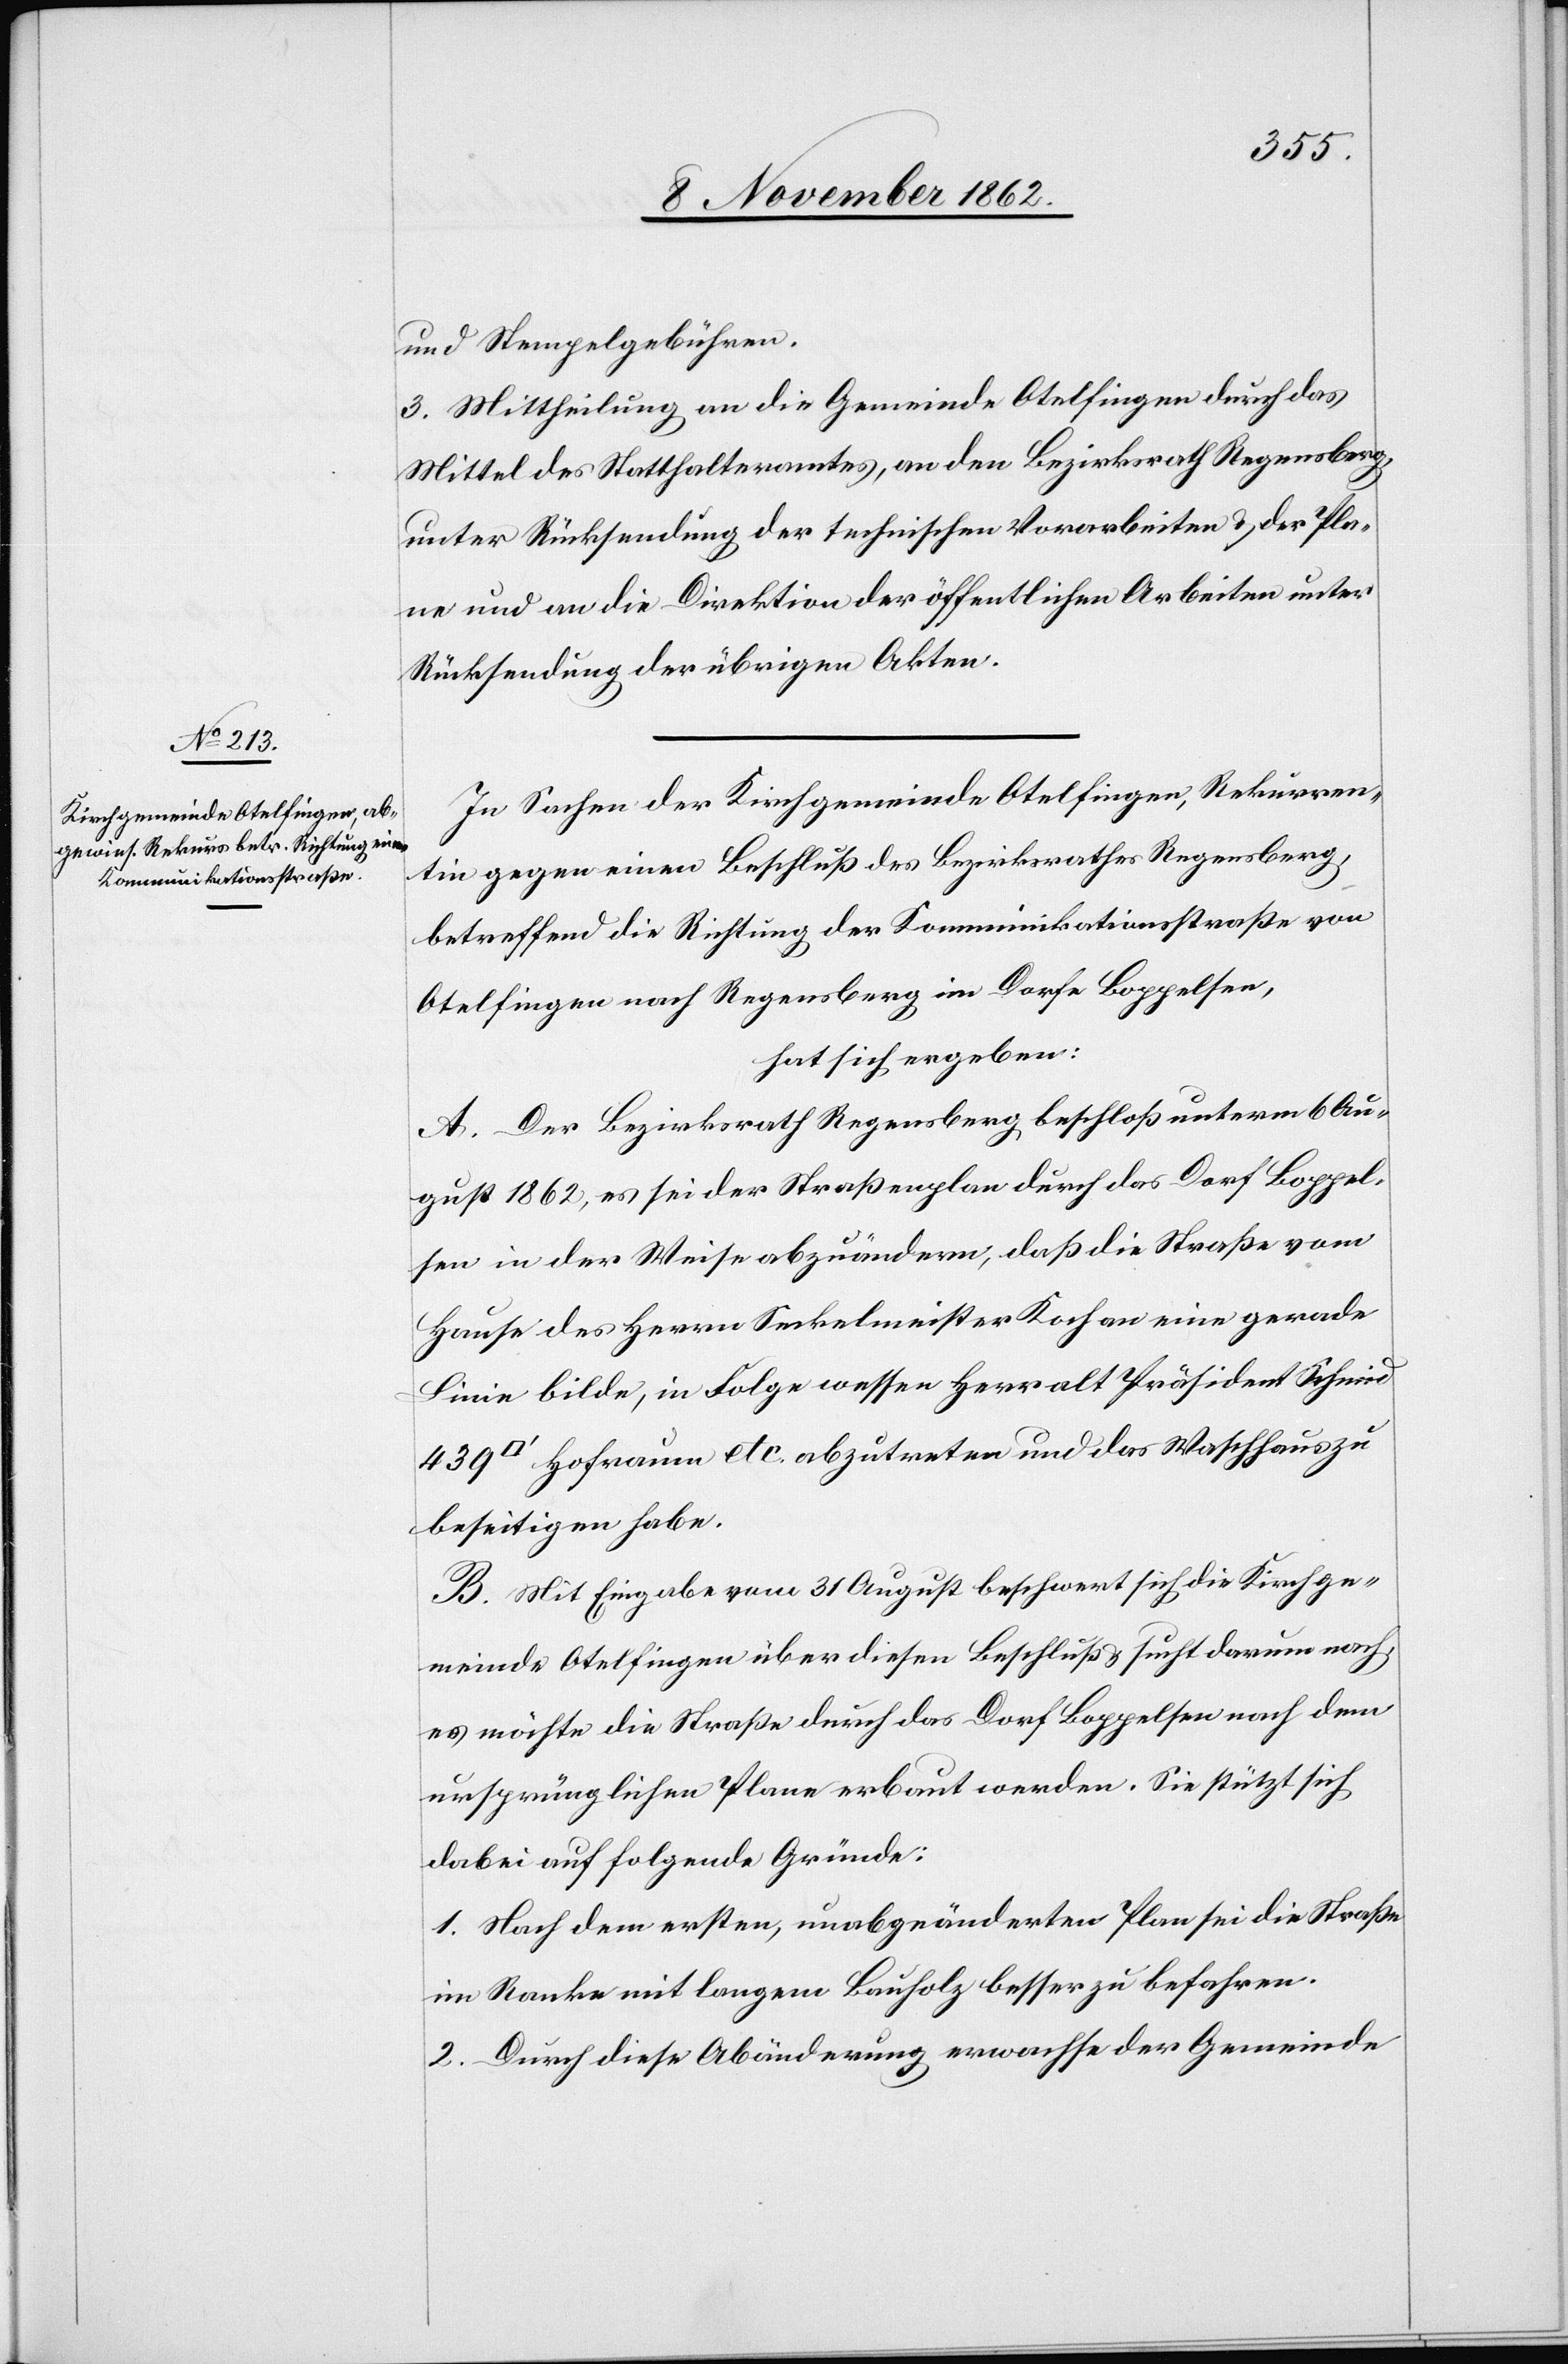
und Stempelgebühren.
3. Mittheilung an die Gemeinde Otelfingen durch das
Mittel des Statthalteramtes, an den Bezirksrath Regensberg,
unter Rücksendung der technischen Vorarbeiten u. der Ple¬
ne und an die Direktion der öffentlichen Arbeiten unter
Rücksendung der übrigen Akten.
In Sachen der Kirchgemeinde Otelfingen, Rekurren¬
tin gegen einen Beschluß des Bezirksrathes Regensberg,
betreffend die Richtung der Kommunikationsstraße von
Otelfingen nach Regensberg im Dorfe Boppelsen,
hat sich ergeben:
A. Der Bezirksrath Regensberg beschoß unterm 6. Au¬
gust 1862, es sei der Straßenplan durch das Dorf Boppel¬
sen in der Weise abzuändern, daß die Straße vom
Hause des Herrn Seckelmeister Koch an eine gerade
Linie bilde, in Folge wessen Herr alt Präsident Schmid
Hofraum etc. abzutreten und das Waschhaus zu
beseitigen habe.
B. Mit Eingabe vom 31. August beschwert sich die Kirchge¬
meinde Otelfingen über diesen Beschluß u. sucht darum nach,
es möchte die Straße durch das Dorf Boppelsen nach dem
ursprünglichen Plane erbaut werden. Sie stützt sich
dabei auf folgende Gründe.
1. Nach dem ersten, unabgeänderten Plan sei die Straße
im Ranke mit langem Bauholz besser zu befahren.
2. Durch diese Abänderung erwachse der Gemeinde